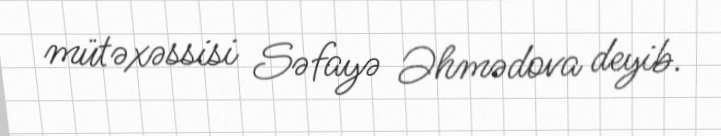
mütəxəssisi Səfayə Əhmədova deyib.